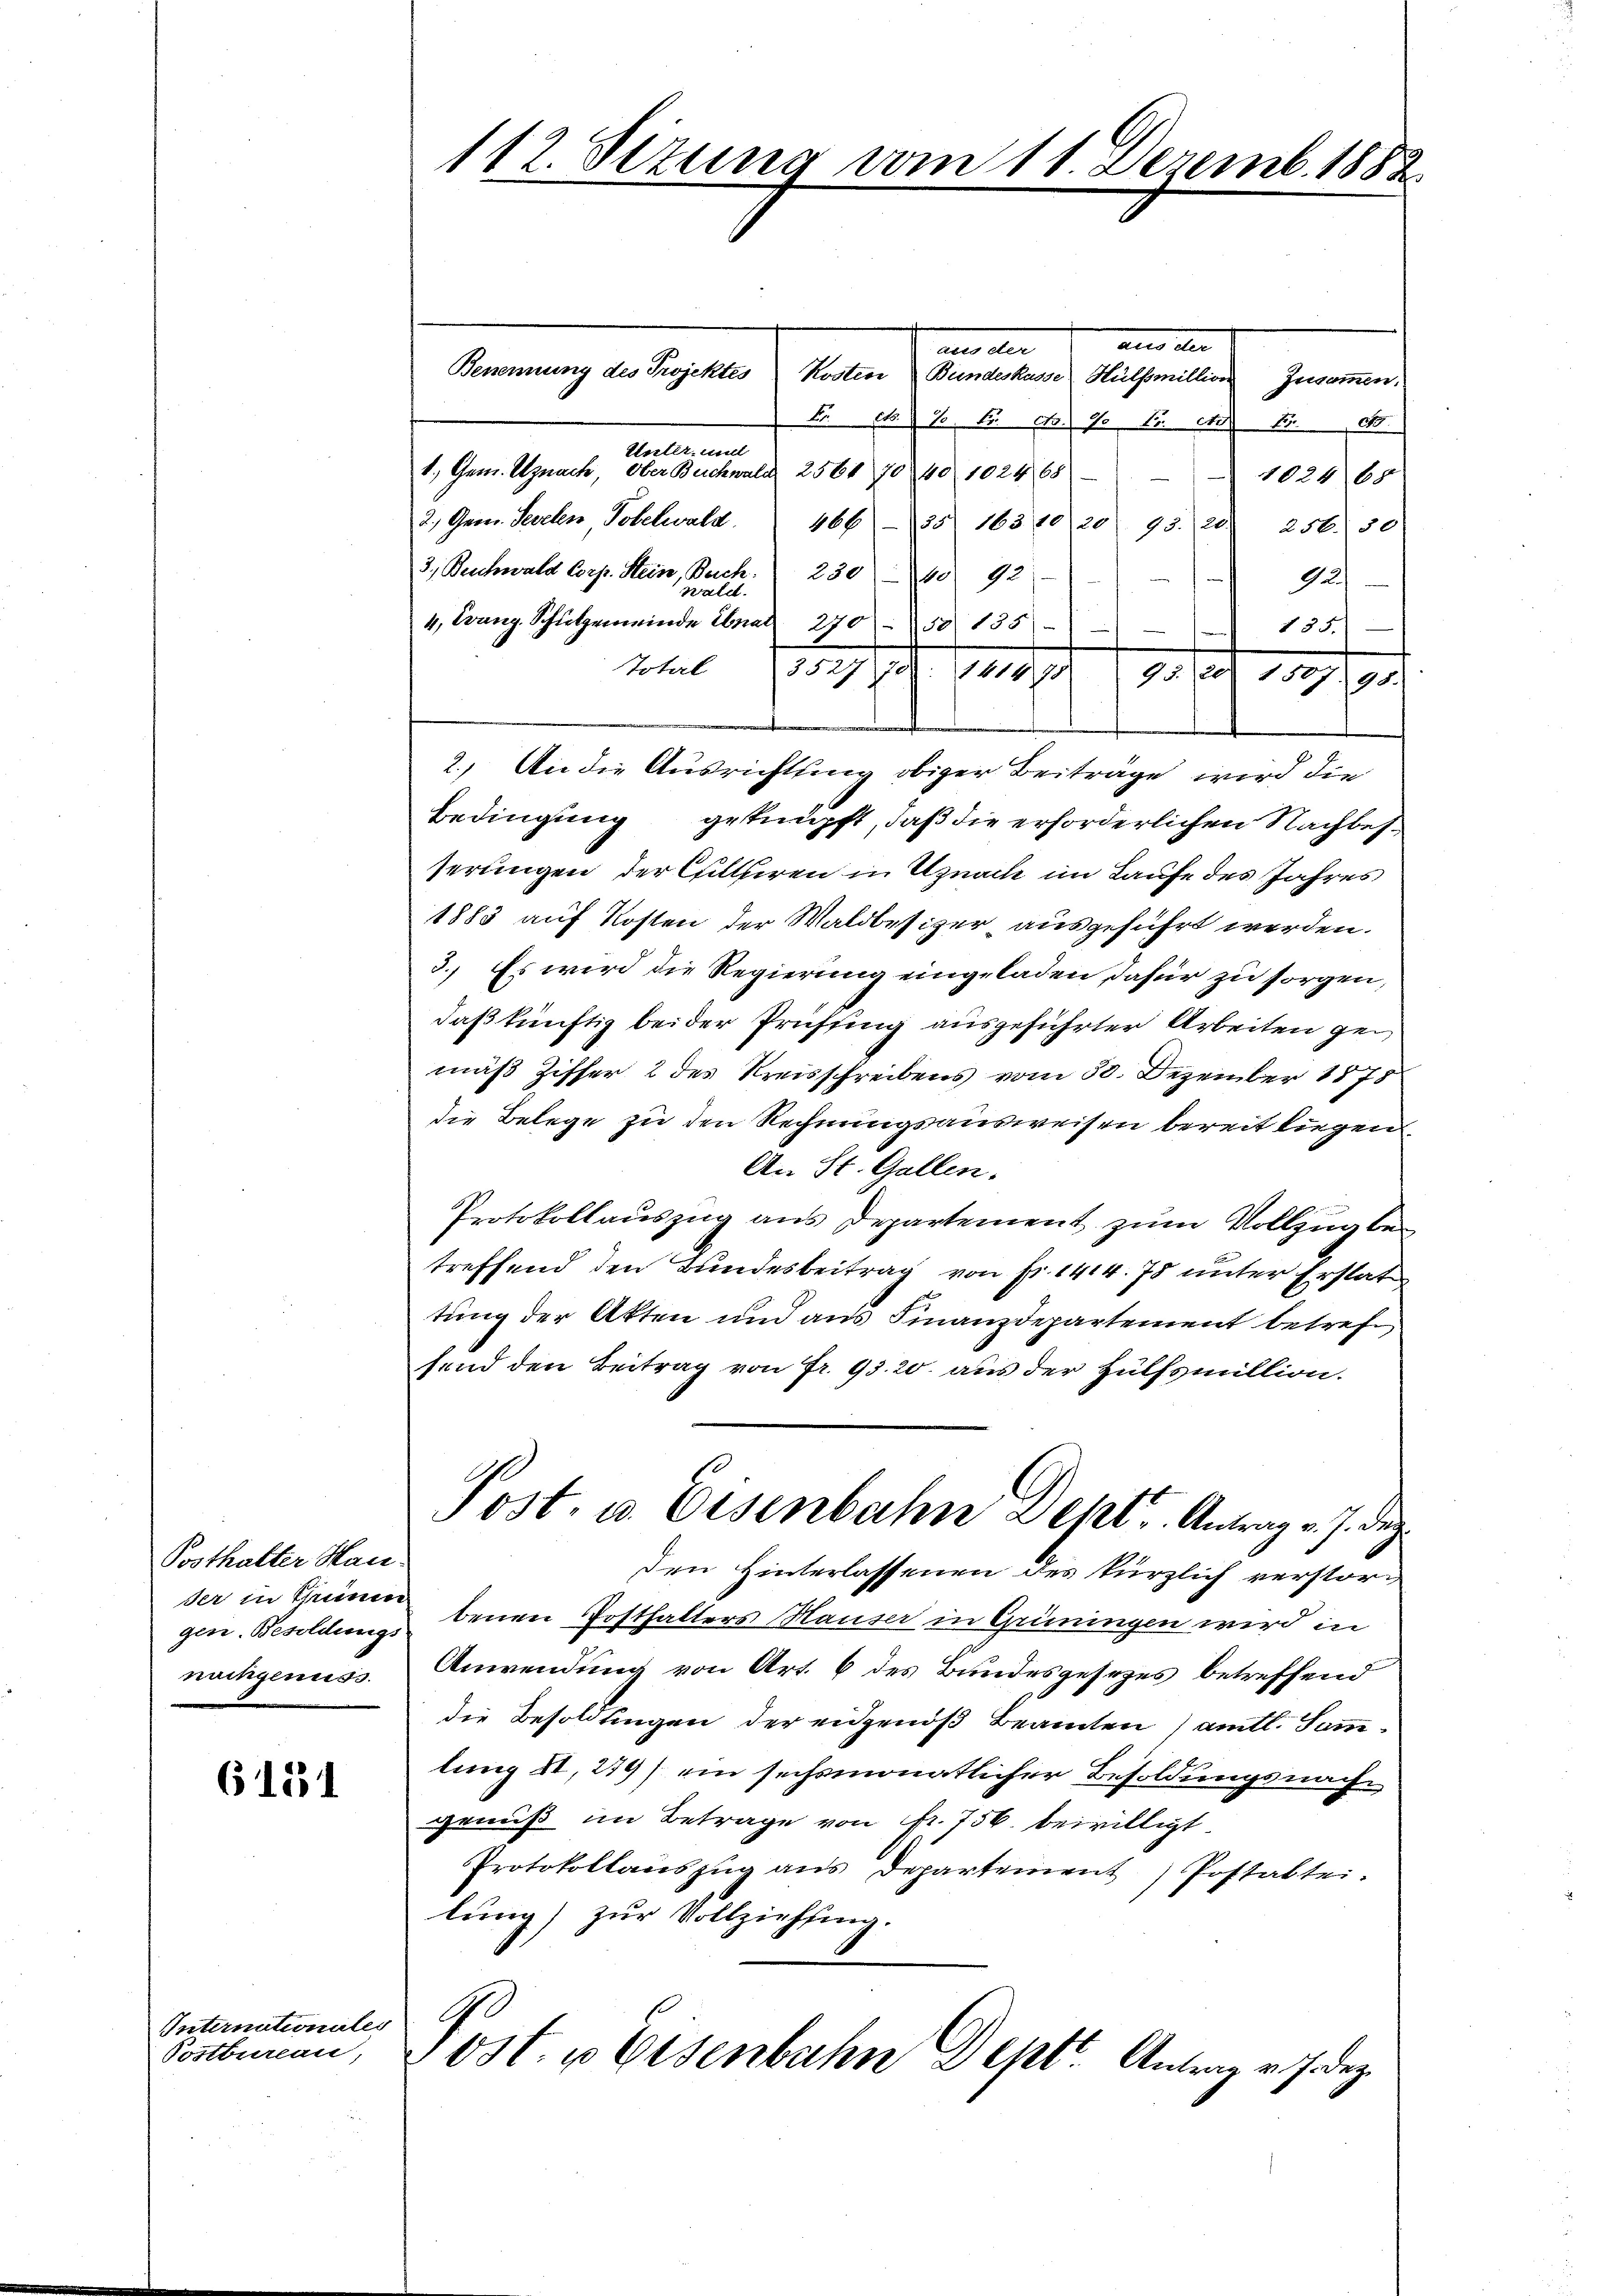
Posthalter Han-
der in Thune
gen. Besoldungs
nachgenuss.

6151

Internationale
Postbureau,

6

112. Sizung vom 11. Dezemb. 1882.

aus an
.
Benennung des Projektes
Kostere Bundeskasse Hülfsmillion Zusammen.
Br. No. 70 Fr. 10. 10. No. 11 15.
Unter und
1. Ger. Uznach, Ober Buchwald 2561 70 40 1024 68
1024 65
2.) Gen. Seelen Tobelwald.
466 (35. 163 40 20 95. (20.) 256. 30.
3, Beschwald Corp. Stein, Buch. 230—40 92
Aus
d
et.
4, Franz. Schulgemeinde Anal 270 50 135
135.
Hotel (3527, 70: 141890 (95. 120) 1587. 98.
2.) An die Ausrichtung obiger Beitrage wird die
Bedingung geknüpft, daß die erforderlichen Nachbesserungen der Cilliren in Uznach im Laufe des Jahres
1883 auf Kosten der Waldbesizer ausgeführt werden.
3. Es wird die Regierung eingeladen dafür zu sorgen,
daß künftig bei der Prüfung ausgeführter Arbeiten gemäß Ziffer 2 des Kreisschreibens vom 30. Dezember 1875
die Belege zu den Rechnungsausweisen bereit liegen
An St. Gallen.
Protokollauszug aus Departement zum Vollzug betreffend den Bundesbeitrag von Fr. 1414. 78 unter Erstat
tung der Akten und aus Finanzdepartement betrefsend den Beitrag von Fr. 93. 20. aus der Hülfsmillion.
Post- u. Eisenbahn Sept. Antrag v. J. dez.
den Hinterlassenen des kürzlich verstorbenen Posthalters Hauser in Grüningen wird in
Anwendung von Art. 6 des Bundesgesezes betreffend
die Besoldungen der eidgenöß Beamten) amtl. Sammlung 41, 279) ein sechsmonatlicher Besoldungsnach
genuß im Betrage von fr. 756. bewilligt
Protokollaŭszŭg ans Departement) Postattei-
lung) zur Vollziehung.
Post u. Eisenbahn Deptr. Antrag v. J. dez.